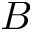
B